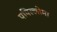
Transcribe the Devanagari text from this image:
पपिल्लोमा